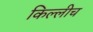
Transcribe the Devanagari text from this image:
किल्लीच